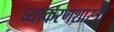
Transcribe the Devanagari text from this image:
व्याकरणशास्त्री